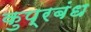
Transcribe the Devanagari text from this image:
कुप्रबंध